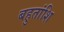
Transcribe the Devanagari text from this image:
बहुतांशि